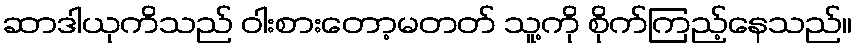
ဆာဒါယုကိသည် ဝါးစားတော့မတတ် သူ့ကို စိုက်ကြည့်နေသည်။